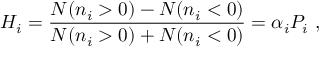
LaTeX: H _ { i } = { \frac { N ( n _ { i } > 0 ) - N ( n _ { i } < 0 ) } { N ( n _ { i } > 0 ) + N ( n _ { i } < 0 ) } } = \alpha _ { i } P _ { i } \ ,